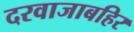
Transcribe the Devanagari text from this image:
दरवाजाबहिर